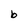
Character: b